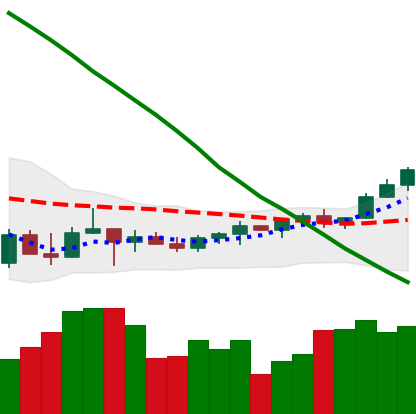
Ticker: TRX-USD
Chart end date: 2022-03-24
Forward return: 5.812%
Label: up_5_7